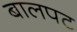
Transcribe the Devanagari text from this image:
बालपट